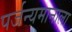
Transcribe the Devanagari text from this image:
पर्जन्यमानाला